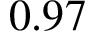
0 . 9 7